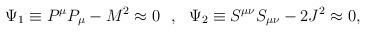
LaTeX: \begin{align*}\Psi _1\equiv P^\mu P_\mu -M^2\approx 0 ~~,~~\Psi _2\equiv S^{\mu\nu} S_{\mu\nu}-2J^2\approx 0, \end{align*}